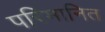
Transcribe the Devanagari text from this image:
परिमानित